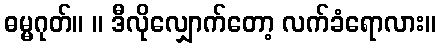
ဓမ္မဂုတ်။ ။ ဒီလိုလျှောက်တော့ လက်ခံရောလား။